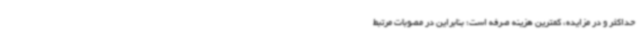
حداکثر و در مزایده، کمترین هزینه صرفه است؛ بنابراین در مصوبات مرتبط